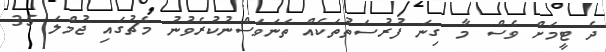
ދެ ޓީމަށް ވެސް މާ ގިނަ ފުރުސަތުތަކެއް ތަނަވަސްނުކުރެވުނު މެޗުގައި ޖުމްލަ 35